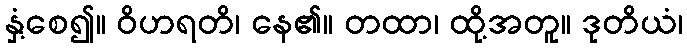
နှံ့စေ၍။ ဝိဟရတိ၊ နေ၏။ တထာ၊ ထို့အတူ။ ဒုတိယံ၊